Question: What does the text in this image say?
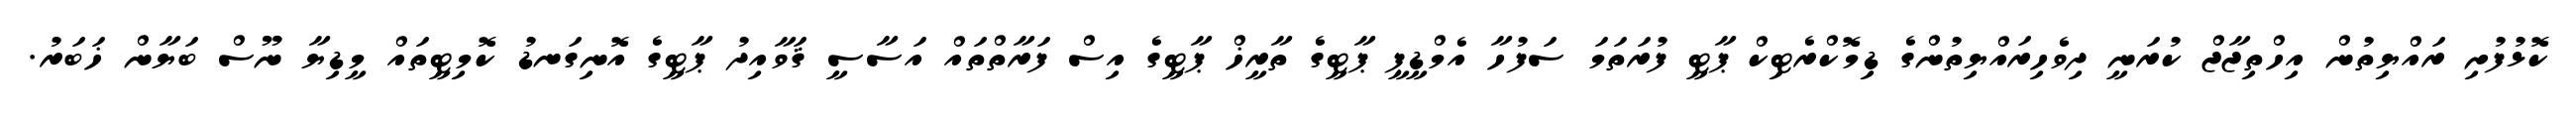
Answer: ކޮޅުފުށި ރައްޔިތުން އިހްތިޖާޖް ކުރަނީ ދިވެހިރައްޔިތުންގެ ޑިމޮކްރެޓިކް ޕާޓީ ފުރަތަމަ ސަފުހާ އެމްޑީޕީ ޕާޓީގެ ތާރީޚް ޕާޓީގެ އިސް ފަރާތްތައް އަސާސީ ޤަވާއިދު ޕާޓީގެ އޮނިގަނޑު ކޮމިޓީތައް މީޑިޔާ ނޫސް ބަޔާން ޚަބަރު.